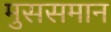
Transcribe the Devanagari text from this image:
मुससमान